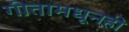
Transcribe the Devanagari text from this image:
गीतामधूनही